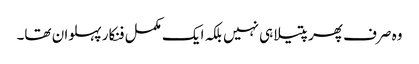
وہ صرف پھرپتیلا ہی نہیں بلکہ ایک مکمل فنکار پہلوان تھا۔